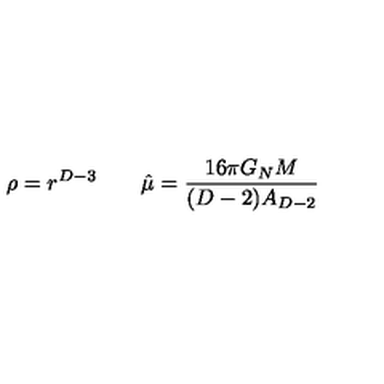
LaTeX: \rho = r ^ { D - 3 } \qquad \hat { \mu } = { \frac { 1 6 \pi G _ { N } M } { ( D - 2 ) A _ { D - 2 } } }